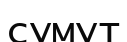
сумут